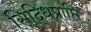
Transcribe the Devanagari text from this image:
सिद्धिप्राप्ति